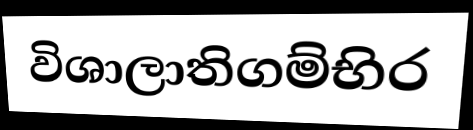
විශාලාතිගම්භිර